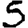
Digit: 5